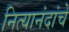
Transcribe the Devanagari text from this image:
नित्यानंदांचे